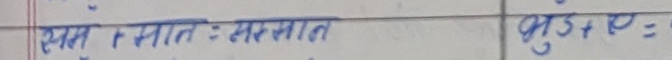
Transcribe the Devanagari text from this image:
एक र सात : सरसात  |  भुट+ए =